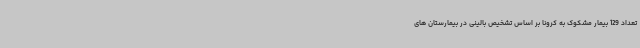
تعداد 129 بیمار مشکوک به کرونا بر اساس تشخیص بالینی در بیمارستان های